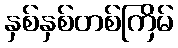
နှစ်နှစ်တစ်ကြိမ်